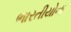
ભારતીયોના